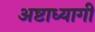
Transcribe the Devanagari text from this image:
अष्टाध्यागी